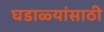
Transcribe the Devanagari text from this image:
घडाळ्यांसाठी